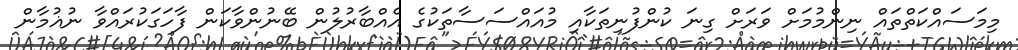
މިމަސައްކަތްތައް ނިންމުމަށް ވަރަށް ގިނަ ކުންފުނިތަކާއި މުއައްސަސާތަކުގެ އެއްބާރުލުން ބޭނުންވާކަން ފާހަގަކުރައްވާ ނުޣުމާން